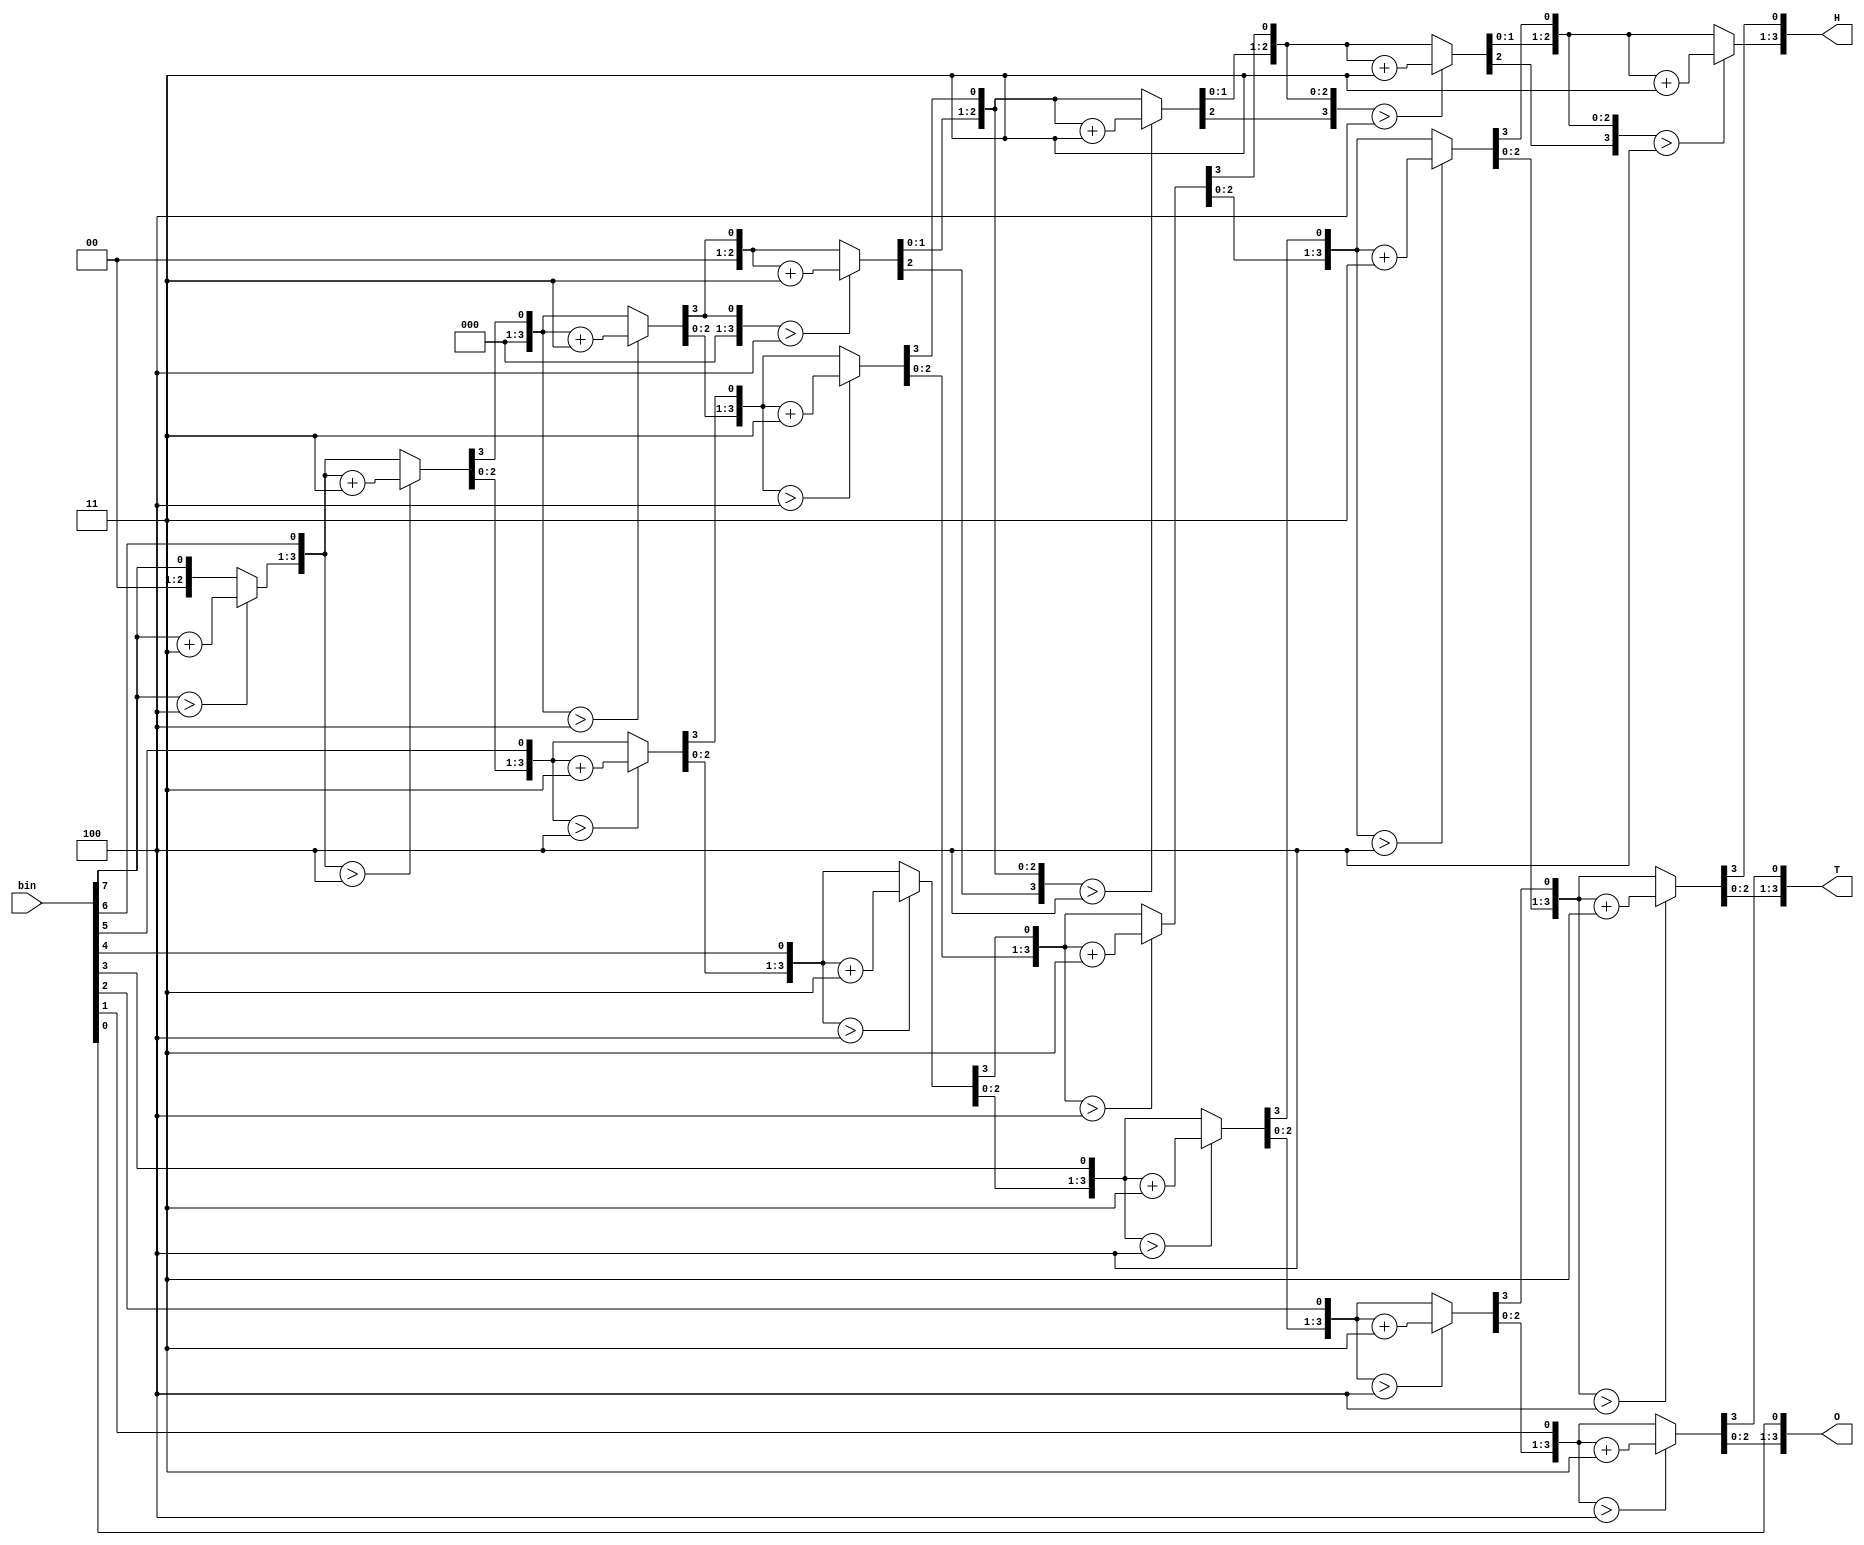
module Bin_to_BCD_converter(H, T, O, bin);
   output reg [3:0] H;
   output reg [3:0] T;
   output reg [3:0] O;
   input      [7:0] bin;

   integer i;
   always @ (bin)
   begin
      
      H = 4'b0000;
      T = 4'b0000;
      O = 4'b0000;

      for (i=7; i>=0; i=i-1)
      begin
	   // Add 3
	   if (H > 4)
		H = H + 3;
	   if (T > 4)
		T = T + 3;
	   if (O > 4)
		O = O + 3;

	   // Shift left 1
	   H = H << 1;
	   H[0] = T[3];
	   T = T << 1;
	   T[0] = O[3];
           O = O << 1;
	   O[0] = bin[i];
       end
   end

endmodule